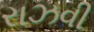
રાઝવી